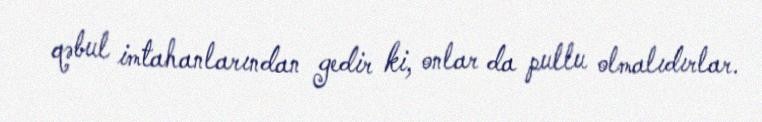
qəbul imtahanlarından gedir ki, onlar da pullu olmalıdırlar.